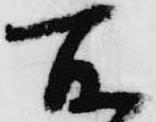
所